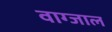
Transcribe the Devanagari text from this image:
वाग्जाल